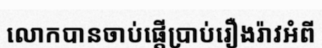
លោកបានចាប់ផ្តើប្រាប់រឿងរ៉ាវអំពី